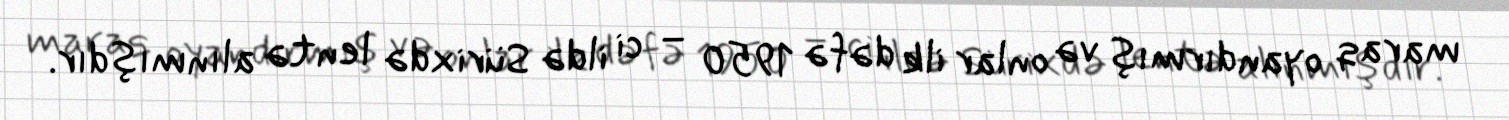
maraq oyandırmış və onlar ilk dəfə 1950 – ci ildə Sürixdə lentə alınmışdır.